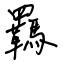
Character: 羈